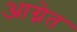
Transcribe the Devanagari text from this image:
आग्नेत